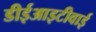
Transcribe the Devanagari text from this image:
डीईआइटीवाई